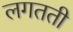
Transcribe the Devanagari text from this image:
लगतती